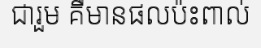
ជារួម គឺមានផលប៉ះពាល់